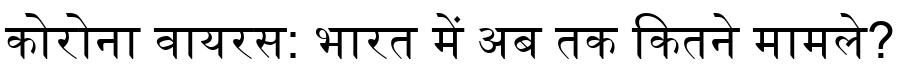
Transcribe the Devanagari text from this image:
कोरोना वायरस: भारत में अब तक कितने मामले?